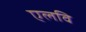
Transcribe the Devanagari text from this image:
एलवि